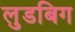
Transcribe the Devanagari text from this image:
लुडबिग